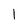
Character: 1